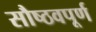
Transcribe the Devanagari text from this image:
सौष्ठवपूर्ण